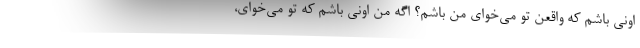
اونی باشم که واقعن تو می‌خوای من باشم؟ اگه من اونی باشم که تو می‌خوای،